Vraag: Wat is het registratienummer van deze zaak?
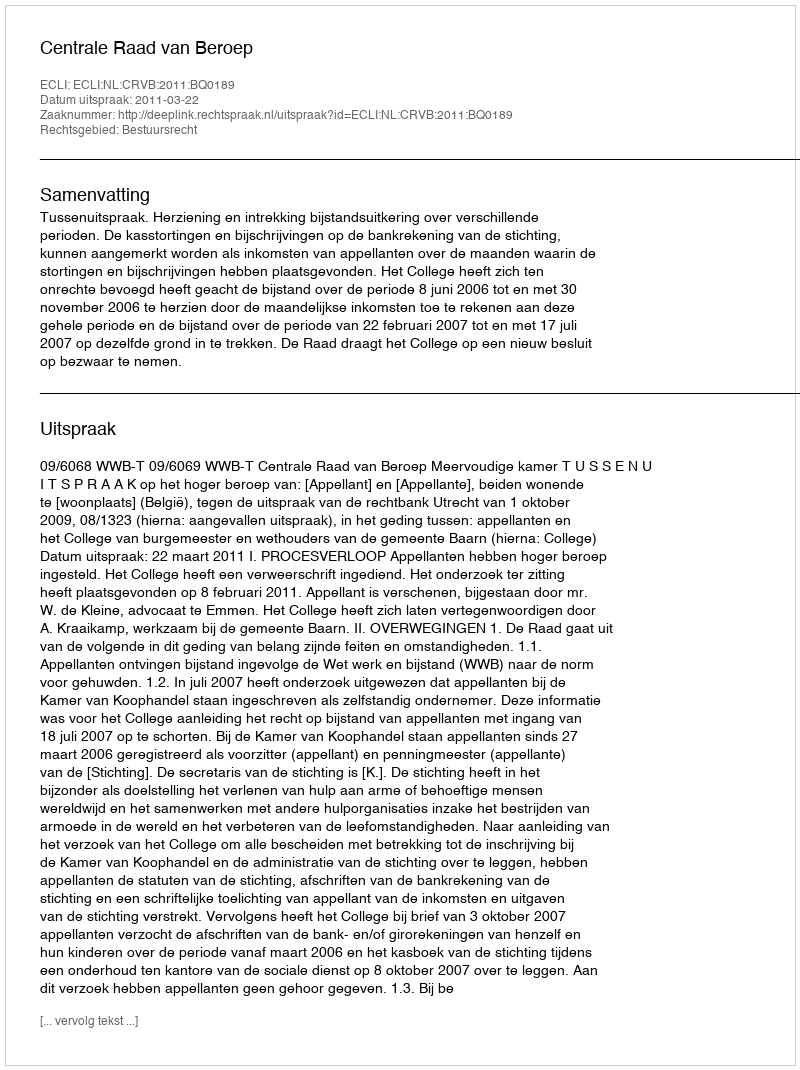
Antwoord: http://deeplink.rechtspraak.nl/uitspraak?id=ECLI:NL:CRVB:2011:BQ0189